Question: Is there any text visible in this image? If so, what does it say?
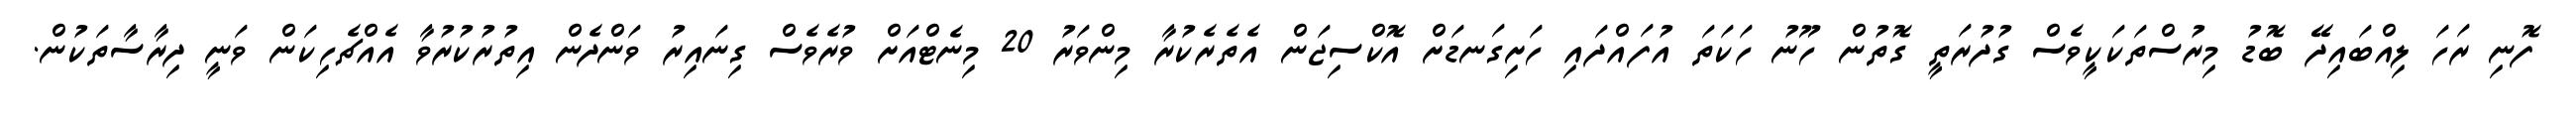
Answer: ފޮނި ރަހަ ލިއްބައިދޭ ބޮޑު މިރުސްތަކަކީވެސް ގުދުރަތީ ގޮތުން ހޫނު ހަކަތަ އުފައްދައި ހަށިގަނޑަށް އޮކްސިޖަން އެތެރެކުރާ މިންވަރު 20 މިނެޓްއަށް ވުރެވެސް ގިނައިރު ވަންދެން އިތުރުކުރުވާ އެއްޗެހިކަން ވަނީ ދިރާސާތަކުން.